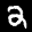
Label: 2